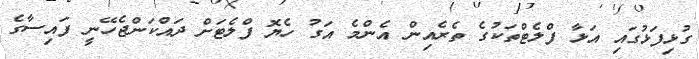
ގުޅިފަޅުގައި އަޅާ ފްލެޓްތަކުގެ ތެރެއިން އެންމެ އަގު ހެޔޮ ފްލެޓަށް ދައްކަންޖެހޭނީ ފައިސާގެ